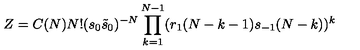
Z = C ( N ) N ! ( s _ { 0 } { \tilde { s } } _ { 0 } ) ^ { - N } \prod _ { k = 1 } ^ { N - 1 } ( r _ { 1 } ( N - k - 1 ) s _ { - 1 } ( N - k ) ) ^ { k }